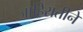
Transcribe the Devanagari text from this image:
जाहिरातीने